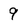
Character: 9